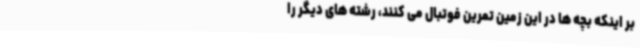
بر اینکه بچه ها در این زمین تمرین فوتبال می کنند، رشته های دیگر را